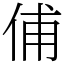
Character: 俌